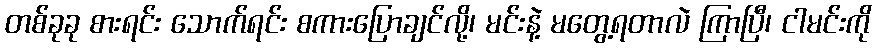
တစ်ခုခု စားရင်း သောက်ရင်း စကားပြောချင်လို့၊ မင်းနဲ့ မတွေ့ရတာလဲ ကြာပြီ၊ ငါမင်းကို